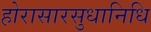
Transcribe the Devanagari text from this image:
होरासारसुधानिधि